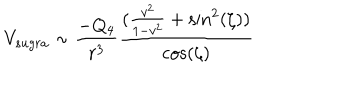
V _ { s u g r a } \sim \frac { - Q _ { 4 } } { r ^ { 3 } } \frac { ( \frac { v ^ { 2 } } { 1 - v ^ { 2 } } + \sin ^ { 2 } ( \zeta ) ) } { \cos ( \zeta ) }